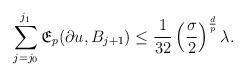
LaTeX: \begin{align*} \sum_{j=j_0}^{j_1} \mathfrak{E}_p(\partial u, B_{j+1}) \leq \frac{1}{32}\left(\frac{\sigma}{2}\right)^{\frac{d}{p}}\lambda. \end{align*}